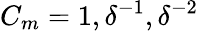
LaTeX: C_{m}=1,\delta^{-1},\delta^{-2}